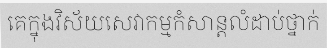
គេក្នុងវិស័យសេវាកម្មកំសាន្តលំដាប់ថ្នាក់